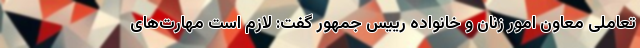
تعاملی معاون امور زنان و خانواده رییس جمهور گفت: لازم است مهارت‌های